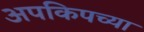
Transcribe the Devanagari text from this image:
अपकिपच्या